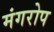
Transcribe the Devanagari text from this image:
मंगरोप